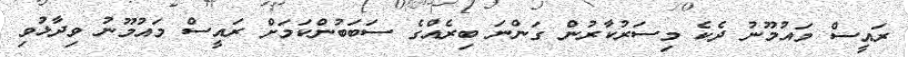
ރައީސް މައުމޫނު ދެކެ މިސަރުކާރުން ގަންނަ ބިރެއްގެ ސަބަބުންކަމަށް ރައީސް މައުމޫނު ވިދާޅުވި